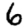
Digit: 6